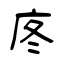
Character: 庝